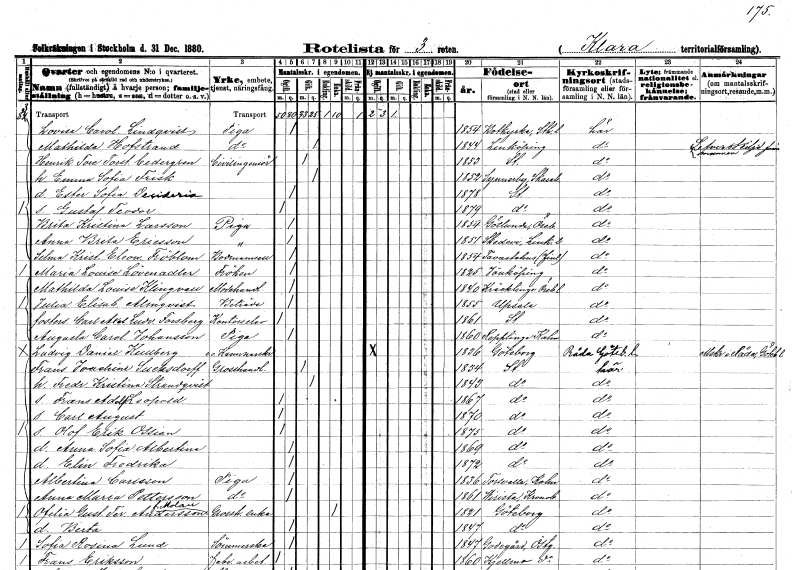
gt_parse: households: individuals: FN: Lovisa Carolina
EN: Lindqvist
YRKE: Piga
KON: K
CIV: O
FODAR: 1854
FODFORS: Botkyrka Stockholms län
FN: Mathilda
EN: Hofstrand
YRKE: Piga
KON: K
CIV: G
FODAR: 1844
FODFORS: Linköping Östergötlands län
FN: Henrik Tore Torsten
EN: Cedergren
YRKE: Civilingenjör
KON: M
CIV: G
FODAR: 1853
FODFORS: Stockholm
FN: Emma Sofia
EN: Frisk
KON: K
CIV: G
FODAR: 1852
FODFORS: Synnerby Skaraborgs län
FN: Ester Sofia Desideria
KON: K
CIV: O
FODAR: 1878
FODFORS: Stockholm
FN: Gustaf Teodor
KON: M
CIV: O
FODAR: 1879
FODFORS: Stockholm
FN: Brita Kristina
EN: Larsson
YRKE: Piga
KON: K
CIV: O
FODAR: 1854
FODFORS: Götlunda Västmanlands län
FN: Anna Brita
EN: Ericsson
YRKE: Piga
KON: K
CIV: O
FODAR: 1851
FODFORS: Skedevi Östergötlands län
FN: Selma Kristina Eleonora
EN: Fröblom
YRKE: Bodmamsell
KON: K
CIV: O
FODAR: 1854
FN: Maria Louise
EN: Lövenadler
KON: K
CIV: O
FODAR: 1825
FODFORS: Jönköping Jönköpings län
FN: Mathilda Louise
EN: Klingvall
YRKE: Modehandlerska
KON: K
CIV: O
FODAR: 1840
FODFORS: Kräcklinge Örebro län
FN: Julia Elisabet
EN: Almqvist
YRKE: Biträde
KON: K
CIV: O
FODAR: 1855
FODFORS: Uppsala Uppsala län
FN: Carl Axel Ludvig
EN: Forsberg
YRKE: Kontorselev
KON: M
CIV: O
FODAR: 1861
FODFORS: Stockholm
FN: Augusta Carolina
EN: Johansson
YRKE: Piga
KON: K
CIV: O
FODAR: 1860
FODFORS: Räpplinge Kalmar län
FN: Ludvig Daniel
EN: Kullberg
YRKE: Kammarskrivare e.o.
KON: M
CIV: O
FODAR: 1836
FODFORS: Göteborg Göteborgs- och Bohuslän
FN: Frans Joachim
EN: Sucksdorff
YRKE: Grosshandlare
KON: M
CIV: G
FODAR: 1834
FODFORS: Stockholm
FN: Fredrika Kristina
EN: Strandqvist
KON: K
CIV: G
FODAR: 1843
FODFORS: Stockholm
FN: Frans Adolf Leopold
KON: M
CIV: O
FODAR: 1867
FODFORS: Stockholm
FN: Carl August
KON: M
CIV: O
FODAR: 1870
FODFORS: Stockholm
FN: Olof Erik Ossian
KON: M
CIV: O
FODAR: 1875
FODFORS: Stockholm
FN: Anna Sofia Albertina
KON: K
CIV: O
FODAR: 1869
FODFORS: Stockholm
FN: Elin Fredrika
KON: K
CIV: O
FODAR: 1872
FODFORS: Stockholm
FN: Albertina
EN: Carlsson
YRKE: Piga
KON: K
CIV: O
FODAR: 1836
FODFORS: Törnsfall Kalmar län
FN: Anna Maria
EN: Pettersson
YRKE: Piga
KON: K
CIV: O
FODAR: 1861
FODFORS: Virestad Kronobergs län
FN: Ofelia Gustafva Teresia
EN: Andersson Molau
YRKE: Grosshandlareänka
KON: K
CIV: E
FODAR: 1821
FODFORS: Göteborg Göteborgs- och Bohuslän
FN: Berta
KON: K
CIV: O
FODAR: 1847
FODFORS: Göteborg Göteborgs- och Bohuslän
FN: Sofia Rosina
EN: Lund
YRKE: Sömmerska
KON: K
CIV: O
FODAR: 1847
FODFORS: Godegård Östergötlands län
FN: Frans
EN: Eriksson
YRKE: Fabriksarbetare
KON: M
CIV: O
FODAR: 1860
FODFORS: Tjällmo Östergötlands län